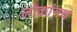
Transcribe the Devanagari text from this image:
लोकांनच